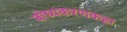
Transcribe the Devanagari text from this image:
बांध्यकरणकहा